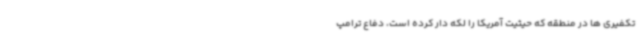
تکفیری ها در منطقه که حیثیت آمریکا را لکه دار کرده است، دفاع ترامپ